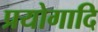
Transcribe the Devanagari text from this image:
प्रयोगादि